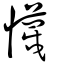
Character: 懱